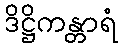
ဒိဋ္ဌိကန္တာရံ